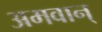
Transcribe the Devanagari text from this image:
अमवान्